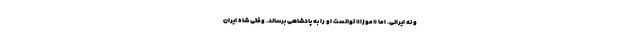
و نه ایرانی. اما «موزا» توانست او را به پادشاهی برساند. وقتی شاه ایران